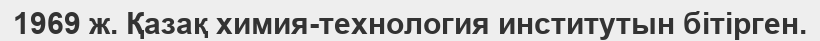
1969 ж. Қазақ химия-технология институтын бітірген.